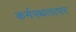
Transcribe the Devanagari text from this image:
कर्मपथतत्पर